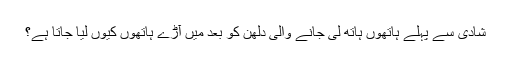
شادی سے پہلے ہاتھوں ہاتھ لی جانے والی دلھن کو بعد میں آڑے ہاتھوں کیوں لیا جاتا ہے؟